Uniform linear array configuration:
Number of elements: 64
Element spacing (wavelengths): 1
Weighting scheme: hamming
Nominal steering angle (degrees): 15
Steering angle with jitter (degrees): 16.089
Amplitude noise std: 0.05
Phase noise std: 0.05

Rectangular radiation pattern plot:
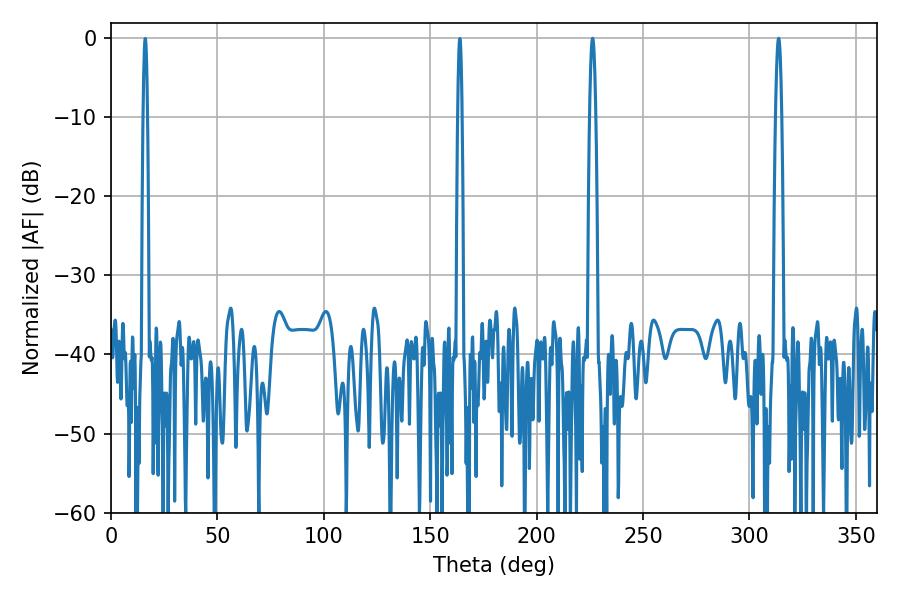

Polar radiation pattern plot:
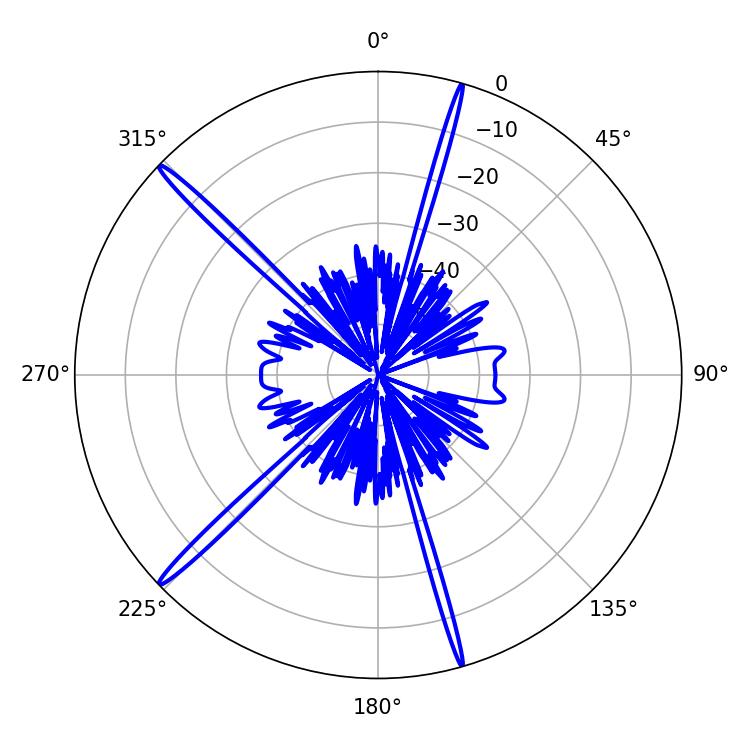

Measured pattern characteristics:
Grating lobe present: TRUE
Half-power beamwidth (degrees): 1.44
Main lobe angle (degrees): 226.26